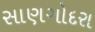
સાણગોદરા